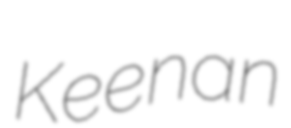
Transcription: Keenan